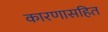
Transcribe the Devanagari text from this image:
कारणासहित